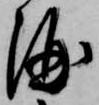
酒